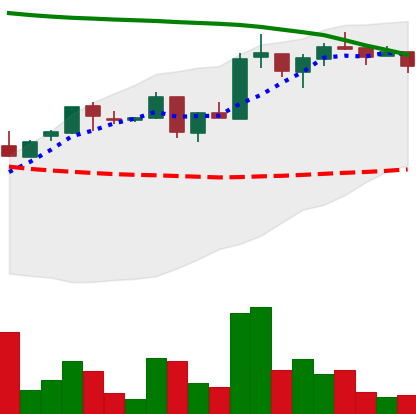
Ticker: ADA-USD
Chart end date: 2018-05-06
Forward return: -25.683%
Label: down_7plus